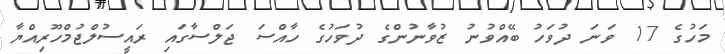
މަހުގެ 17 ވަނަ ދުވަހު ބޭއްވުނު ޒުވާނުންގެ ދުވަހުގެ ހާއްސަ ޖަލްސާގައި ރައީސުލްޖުމްހޫރިއްޔާ